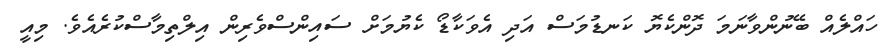
ހައްލެއް ބޭނުންވާނަމަ ދޮންކެޔޮ ކަނޑުމަސް އަދި އެވަކާޑޯ ކެޔުމަށް ސައިންސްވެރިން އިލްތިމާސްކުރެއެވެ. މިއީ